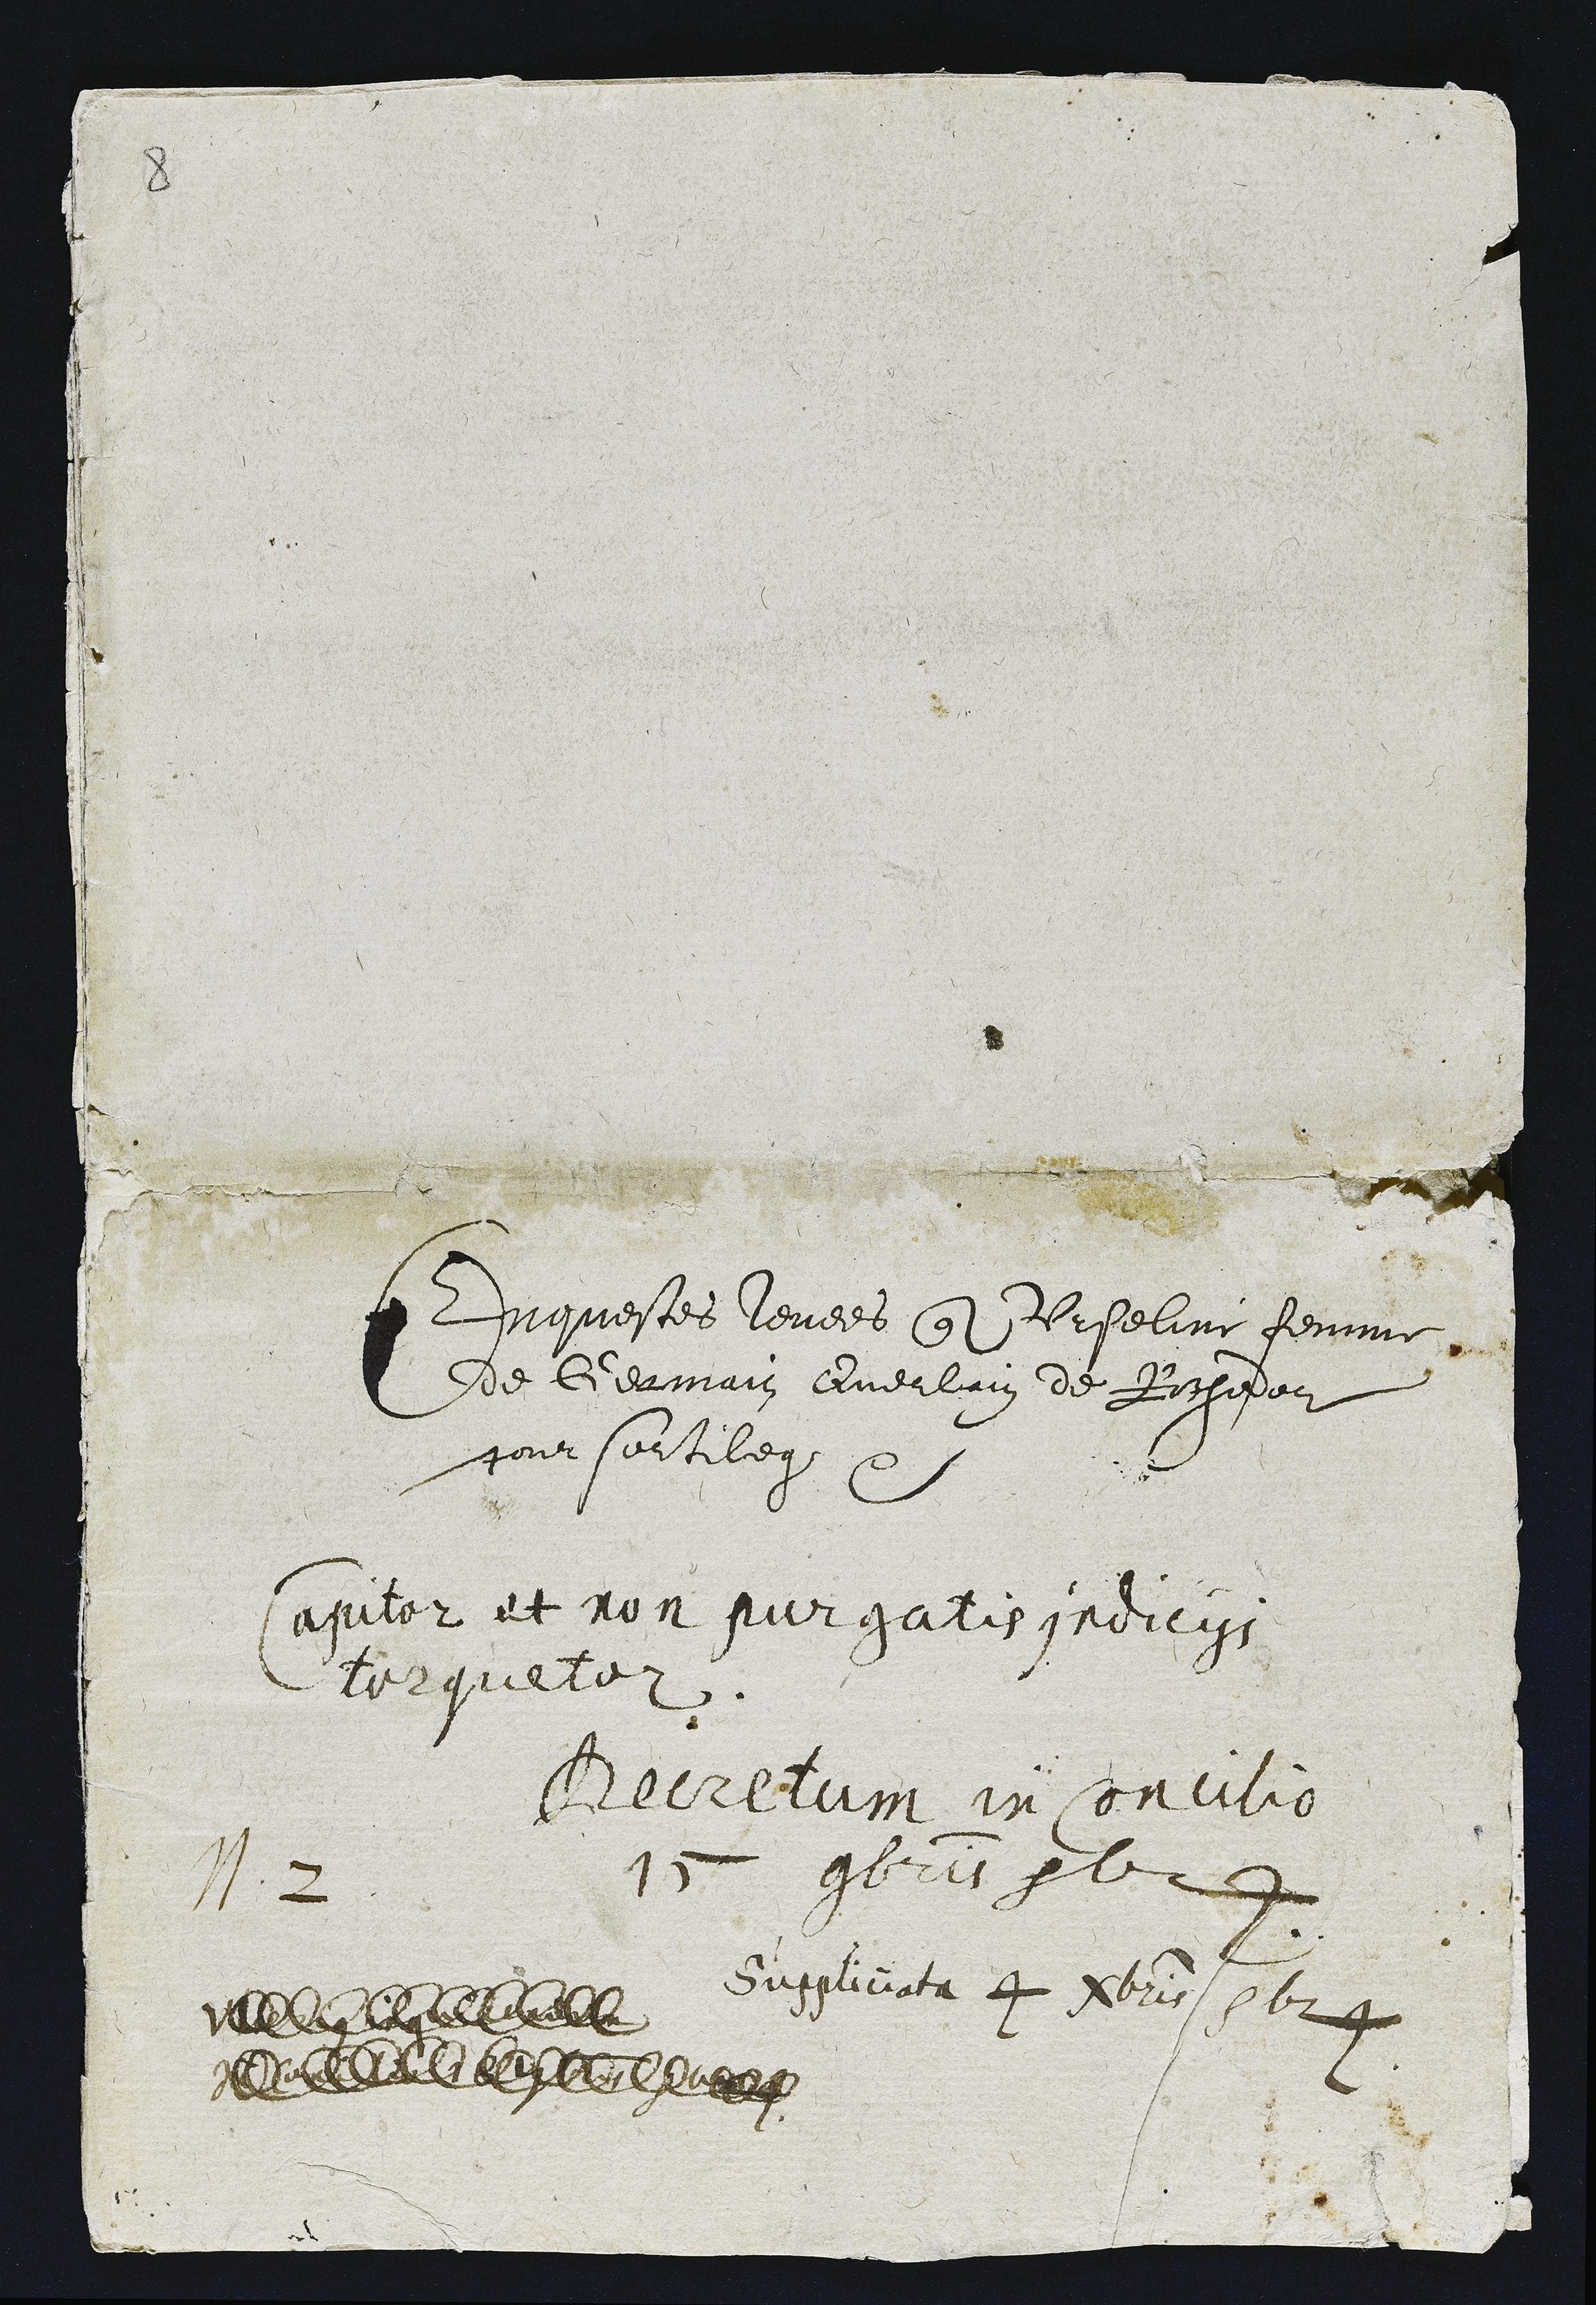
12

Enquestes levees que Arseline femme
de Germain Querlain de Rochidor
pour sortilege 2

apitor et non sur gatis irdieigs
l02quele2

Geerelain in sorcilio
1 gbrt yl2

Suggliciata 4 dbri5 s624